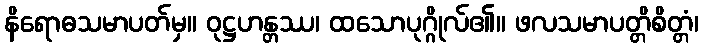
နိရောဓသမာပတ်မှ။ ဝုဋ္ဌဟန္တဿ၊ ထသောပုဂ္ဂိုလ်၏။ ဖလသမာပတ္တိစိတ္တံ၊